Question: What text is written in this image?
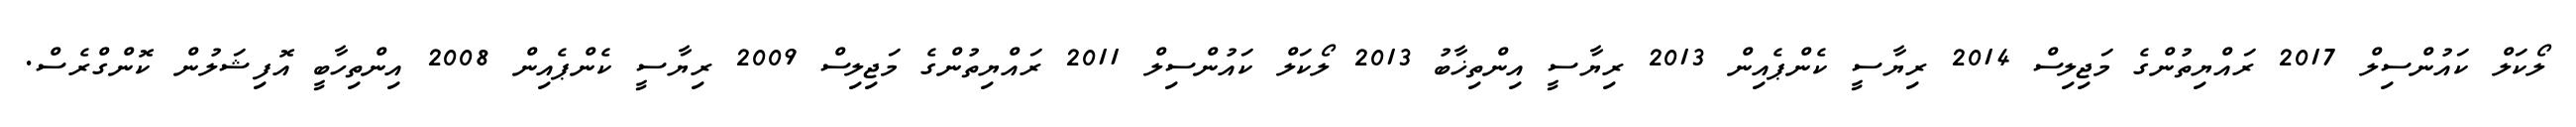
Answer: ލޯކަލް ކައުންސިލް 2017 ރައްޔިތުންގެ މަޖިލިސް 2014 ރިޔާސީ ކެންޕެއިން 2013 ރިޔާސީ އިންތިޚާބު 2013 ލޯކަލް ކައުންސިލް 2011 ރައްޔިތުންގެ މަޖިލިސް 2009 ރިޔާސީ ކެންޕެއިން 2008 އިންތިހާބީ އޮފިޝަލުން ކޮންގްރެސް.